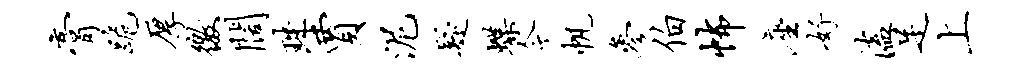
膏跪厚徼阔珠贾泥疑蝶今帆参伯怖座好溘足上